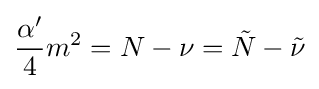
{\frac {\alpha '}{4}}m^{2}=N-\nu ={\tilde {N}}-{\tilde {\nu }}